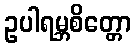
ဥပါရမ္ဘစိတ္တော